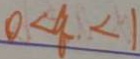
0 < q < 1